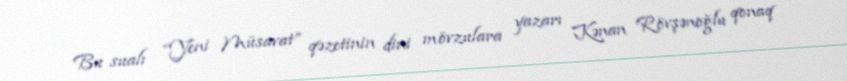
Bu sualı “Yeni Müsavat” qəzetinin dini mövzulara yazarı Kənan Rövşənoğlu qonaq